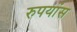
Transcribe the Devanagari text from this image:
रुपयांस